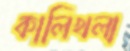
কালিখলা